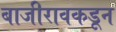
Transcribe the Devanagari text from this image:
बाजीरावकडून